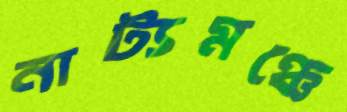
নাট্যমঞ্চে